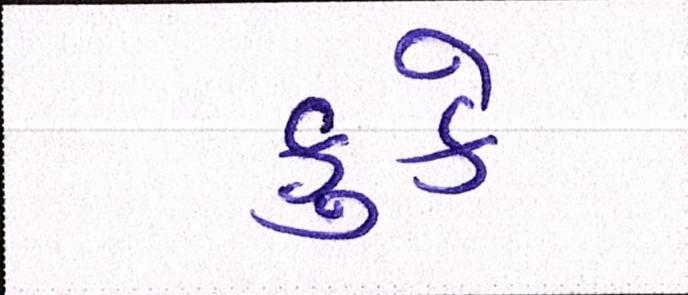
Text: કુકે